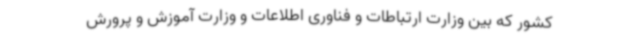
کشور که بین وزارت ارتباطات و فناوری اطلاعات و وزارت آموزش و پرورش